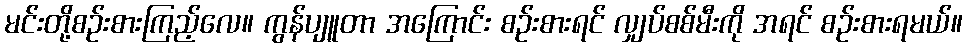
မင်းတို့စဉ်းစားကြည့်လေ။ ကွန်ပျူတာ အကြောင်း စဉ်းစားရင် လျှပ်စစ်မီးကို အရင် စဉ်းစားရမယ်။